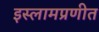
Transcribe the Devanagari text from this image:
इस्लामप्रणीत